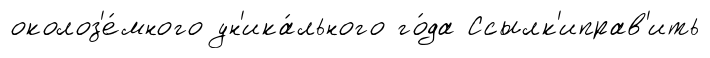
околоз'е́много ун'ика́льного го́да Ссылк'иправ'ить